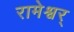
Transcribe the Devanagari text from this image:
रामेश्वर्